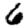
Digit: 6